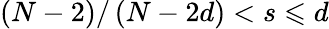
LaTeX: \left(N-2\right)/\left(N-2d\right)<s\leqslant d